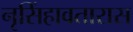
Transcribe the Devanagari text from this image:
नृसिंहावतारास